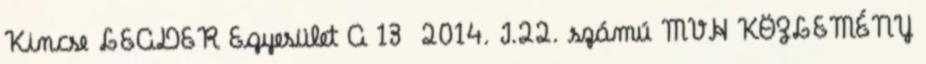
Kincse LEADER Egyesület A 13 2014. I.22. számú MVH KÖZLEMÉNY